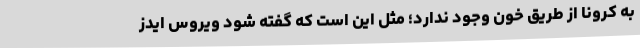
به کرونا از طریق خون وجود ندارد؛ مثل این است که گفته شود ویروس ایدز